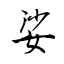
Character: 娑